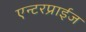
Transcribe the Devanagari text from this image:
एन्टरप्राईज